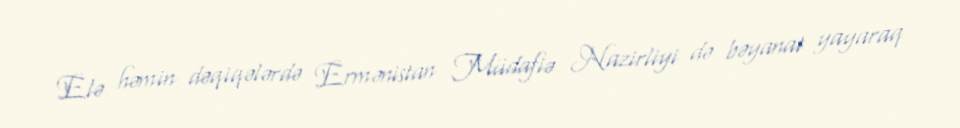
Elə həmin dəqiqələrdə Ermənistan Müdafiə Nazirliyi də bəyanat yayaraq